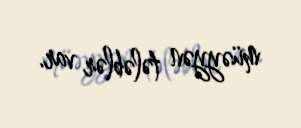
müəyyən tələblər var.